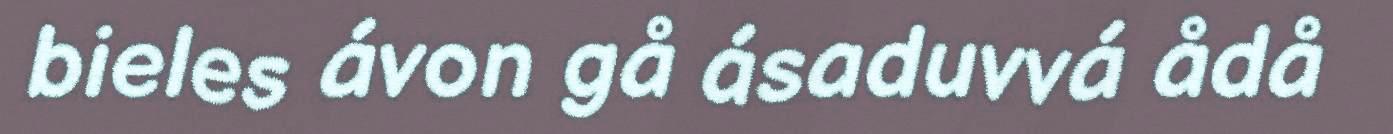
bieles ávon gå ásaduvvá ådå